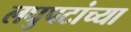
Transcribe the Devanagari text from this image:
लघुपटांच्या